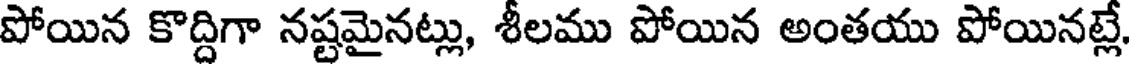
పోయిన కొద్దిగా నష్టమైనట్లు, శీలము పోయిన అంతయు పోయినట్లే